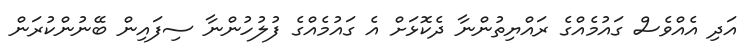
އަދި އެއްވެސް ގައުމެއްގެ ރައްޔިތުންނާ ދެކޮޅަށް އެ ގައުމެއްގެ ފުލުހުންނާ ސިފައިން ބޭނުންކުރަން